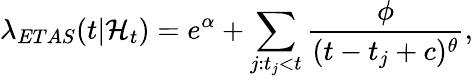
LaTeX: \lambda_{ETAS}(t|\mathcal{H}_{t})=e^{\alpha}+\sum_{j:t_{j}<t}\frac{\phi}{(t-t_{j}+c)^{\theta}},